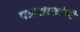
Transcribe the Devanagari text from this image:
पत्रशाकांची